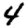
Digit: 4